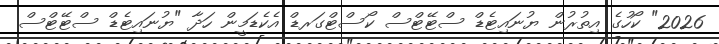
2026" ކޯހުގެ އިތުރުން ޔުނައިޓެޑް ސްޓޭޓްސް ކޯސްޓްގަރޑް އެކެޑަމީން ހަދާ "ޔުނައިޓެޑް ސްޓޭޓްސް